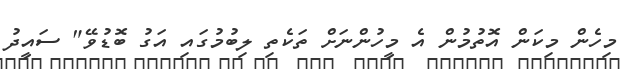
މިހެން މިކަން އޮތުމުން އެ މީހުންނަށް ތަކެތި ލިބުމުގައި އަގު ބޮޑުވޭ" ސައީދު